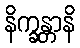
နိက္ခန္တာနိ